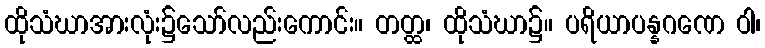
ထိုသံဃာအားလုံး၌သော်လည်းကောင်း။ တတ္ထ၊ ထိုသံဃာ၌။ ပရိယာပန္နဂဏေ ဝါ၊